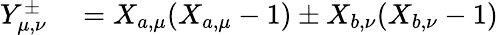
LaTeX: \begin{array}{rl}{Y_{\mu,\nu}^{\pm}}&{{}=X_{a,\mu}(X_{a,\mu}-1)\pm X_{b,\nu}(X_{b,\nu}-1)}\end{array}